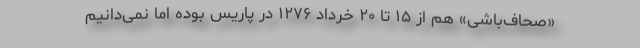
«صحاف‌باشی» هم از ۱۵ تا ۲۰ خرداد ۱۲۷۶ در پاریس بوده اما نمی‌دانیم